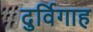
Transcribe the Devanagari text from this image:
दुर्विगाह